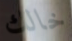
خالك